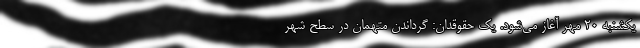
یکشنبه ۲۰ مهر آغاز می‌شود. یک حقوقدان: گرداندن متهمان در سطح شهر